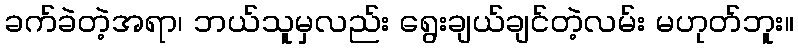
ခက်ခဲတဲ့အရာ၊ ဘယ်သူမှလည်း ရွေးချယ်ချင်တဲ့လမ်း မဟုတ်ဘူး။